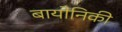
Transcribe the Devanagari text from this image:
बायोनिकी